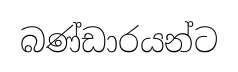
බණ්ඩාරයන්ට